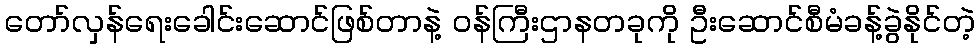
တော်လှန်ရေးခေါင်းဆောင်ဖြစ်တာနဲ့ ဝန်ကြီးဌာနတခုကို ဦးဆောင်စီမံခန့်ခွဲနိုင်တဲ့